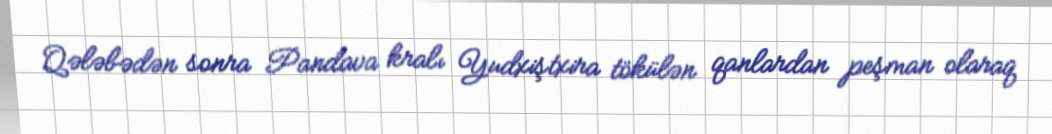
Qələbədən sonra Pandava kralı Yudxiştxira tökülən qanlardan peşman olaraq